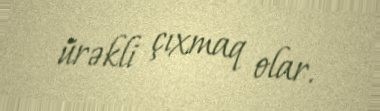
ürəkli çıxmaq olar.